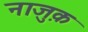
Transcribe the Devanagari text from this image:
नाजु़क